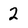
Character: 2